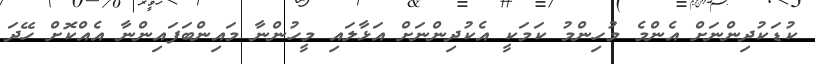
ކުޑަކުދިންނަށް އެންމެ މުހިންމު ކަމަކީ އެކުދިންނަށް އަޅާލައި މީހުންނާ މައިންބަފައިންނާ އެއްކޮށް ހޭދަ